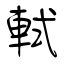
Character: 軾